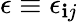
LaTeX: \epsilon\equiv\epsilon_{\mathbf{i}j}